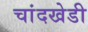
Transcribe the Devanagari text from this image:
चांदखेडी